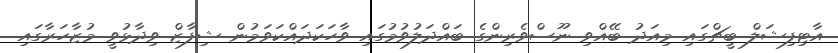
އާޓިފިޝަލް ބީޗްގައި މިއަދު ބޭއްވި ނޫސްވެރިންގެ ބައްދަލުވުމުގައި ވާހަކަދައްކަވަމުން ޝިފާޒް ވިދާޅުވީ މުޒާހަރާގައި